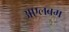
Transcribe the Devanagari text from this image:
अएलबम